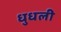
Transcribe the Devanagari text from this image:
धुधली